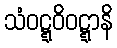
သံဝဋ္ဋဝိဝဋ္ဋာနိ